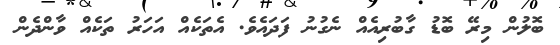
ބޮލުން މިރޭ ބޮޑު ގާބުރިއެއް ނެގުނު ފަދައެވެ. އެތަކެއް އަހަރު ތަކެއް ވާންދެން